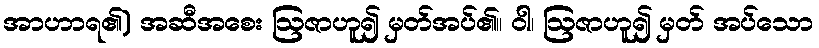
အာဟာရ၏) အဆီအစေး ဩဇာဟူ၍ မှတ်အပ်၏။ ဝါ၊ ဩဇာဟူ၍ မှတ် အပ်သော